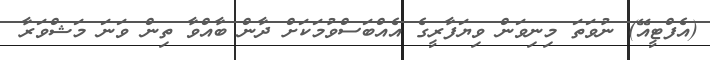
(އެފްޓީއޭ) ނުވަތަ މިނިވަން ވިޔަފާރީގެ އެއްބަސްވުމަކަށް ދާން ބާއްވާ ތިން ވަނަ މަޝްވަރާ